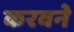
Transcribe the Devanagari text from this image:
करवने